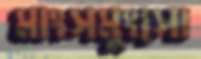
মাংসমুংসো